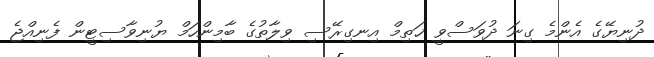
ދުނިޔޭގެ އެންމެ ގިނަ ދުވަސްވީ ޚަތިމް އިނގިރޭސި ވިލާތުގެ ބާމިންހަމް ޔުނިވާސިޓީން ފެނިއްޖެ